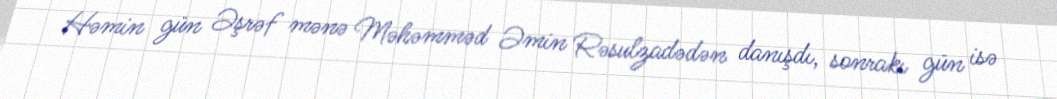
Həmin gün Əşrəf mənə Məhəmməd Əmin Rəsulzadədən danışdı, sonrakı gün isə